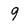
Character: 9